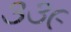
૩૩૯